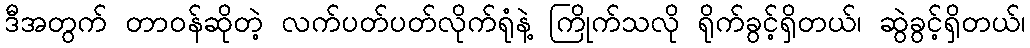
ဒီအတွက် တာဝန်ဆိုတဲ့ လက်ပတ်ပတ်လိုက်ရုံနဲ့ ကြိုက်သလို ရိုက်ခွင့်ရှိတယ်၊ ဆွဲခွင့်ရှိတယ်၊